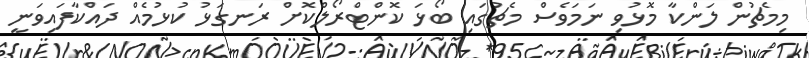
މިމެޗުން ލަންކާ މޮޅުވި ނަމަވެސް މެޗުގައި ބޯޅަ ކޮންޓްރޯލްކޮށް ރަނގަޅު ކުޅުމެއް ދައްކާފައިވަނީ